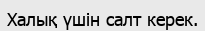
Халық үшін салт керек.